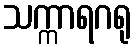
သက္ကာရဂရု